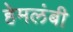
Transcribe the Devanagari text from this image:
हेमलंबी